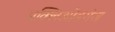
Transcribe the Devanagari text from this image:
मक्लिओडगंज